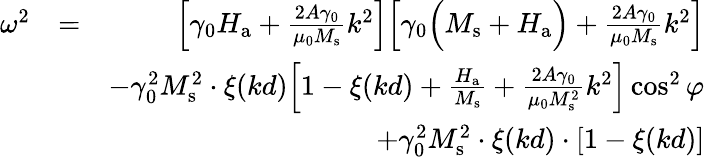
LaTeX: \begin{array}{rlr}{\omega^{2}}&{=}&{\Big[\gamma_{0}H_{\mathrm{a}}+\frac{2A\gamma_{0}}{\mu_{0}M_{\mathrm{s}}}k^{2}\Big]\Big[\gamma_{0}\Big(M_{\mathrm{s}}+H_{\mathrm{a}}\Big)+\frac{2A\gamma_{0}}{\mu_{0}M_{\mathrm{s}}}k^{2}\Big]}\\ &{}&{-\gamma_{0}^{2}M_{\mathrm{s}}^{2}\cdot\xi(kd)\Big[1-\xi(kd)+\frac{H_{\mathrm{a}}}{M_{\mathrm{s}}}+\frac{2A\gamma_{0}}{\mu_{0}M_{\mathrm{s}}^{2}}k^{2}\Big]\cos^{2}{\varphi}}\\ &{}&{+\gamma_{0}^{2}M_{\mathrm{s}}^{2}\cdot\xi(kd)\cdot[1-\xi(kd)]}\end{array}